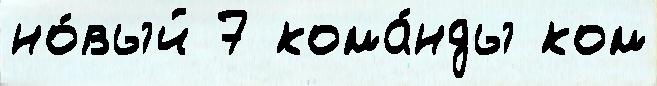
но́вый 7 кома́нды ком